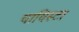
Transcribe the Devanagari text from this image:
चाविस्टा